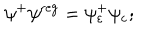
LaTeX: \psi ^ { + } \psi ^ { \mathrm { r e g } } = \psi _ { \varepsilon } ^ { + } \psi _ { \varepsilon } ;